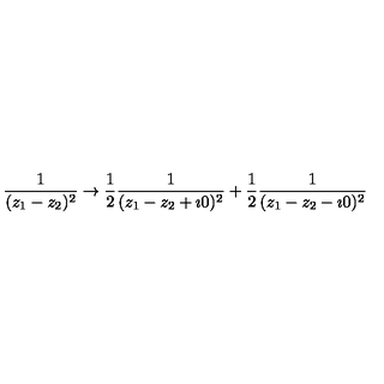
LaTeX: \frac { 1 } { ( z _ { 1 } - z _ { 2 } ) ^ { 2 } } \rightarrow \frac { 1 } { 2 } \frac { 1 } { ( z _ { 1 } - z _ { 2 } + \imath 0 ) ^ { 2 } } + \frac { 1 } { 2 } \frac { 1 } { ( z _ { 1 } - z _ { 2 } - \imath 0 ) ^ { 2 } }